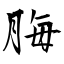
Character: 脢